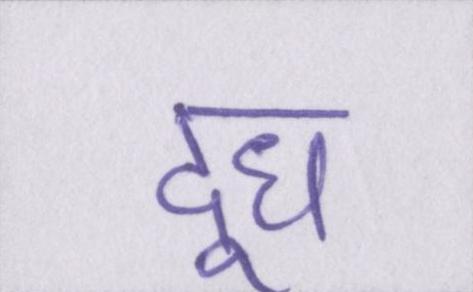
दूध